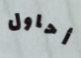
أحاول